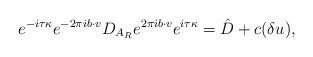
LaTeX: \begin{align*}e^{{-{i} \tau \kappa}}e^{-2\pi ib\cdot v}D_{A_R} e^{2\pi ib\cdot v}e^{{{i} \tau \kappa}}=\hat{D}+c(\delta u),\end{align*}